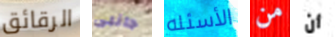
الرقائق جانبى الأسئله من أن